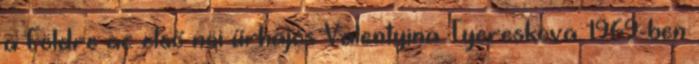
a Földre az első nöi űrhajós Valentyina Tyereskova. 1969-ben